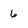
Character: 6